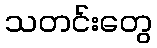
သတင်းတွေ